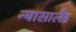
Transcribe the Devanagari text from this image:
न्यासालैंड